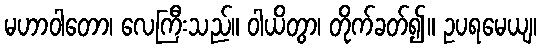
မဟာဝါတော၊ လေကြီးသည်။ ဝါယိတွာ၊ တိုက်ခတ်၍။ ဥပရမေယျ၊